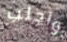
واجلب